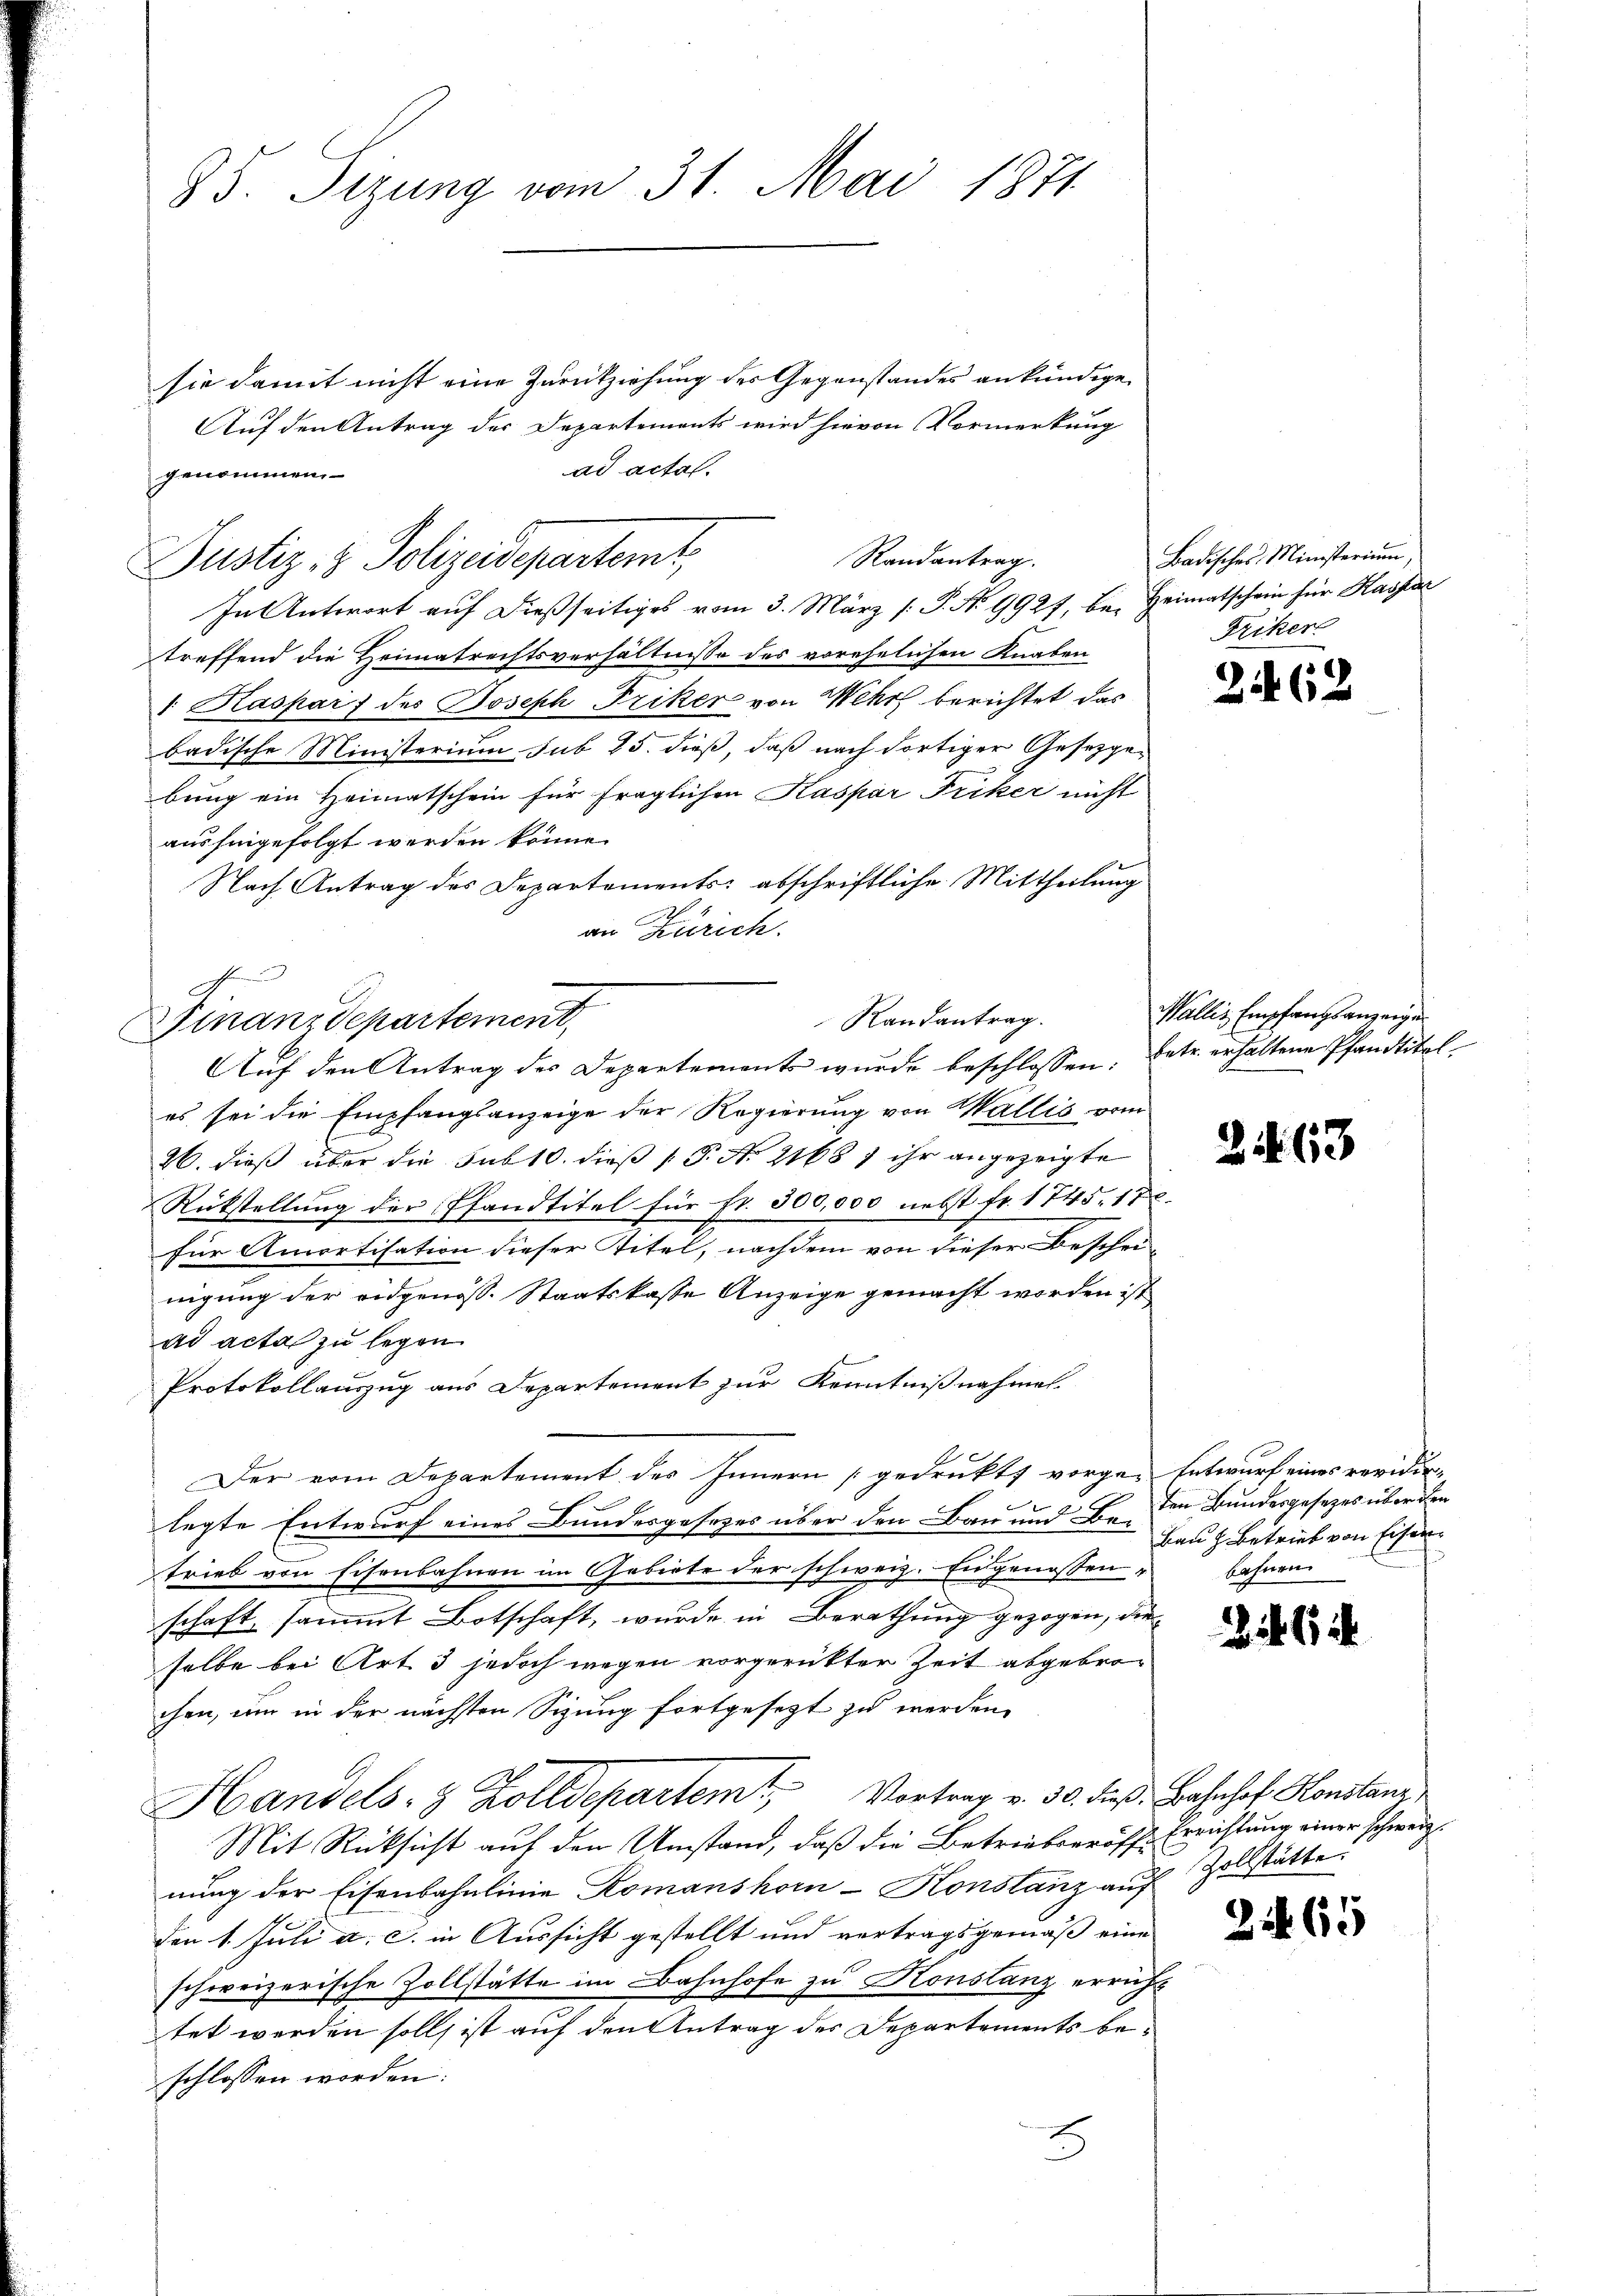
85. Sizung vom 31. Mai 1871

sie damit nicht eine Zurückziehung des Gegenstandes ankündige
Auf den Antrag der Departements wird hievon Vormerkung
In Antwort auf dießseitiges vom 3. März [ P. No 9927, bei Heimatschein für Kassar
treffend die Heimatrechtsverhältnisse des vorehelichen Knaben
/ Kaspar des Joseph Friker von Wehr berichtet das
badische Ministerium sub 25. dieß, daß nach dortiger Gesetzgebung ein Heimatschein für fraglichen Kaspar Friker nicht
aushingefolgt werden könne.
Nach Antrag des Departements abschriftliche Mittheilung
an Zürich.
es sei die Empfangsanzeige der Regierung von Wallis vom
26. dieß über die sub 10. dieß (T. N. 21687 ihr angezeigte
Rückstellŭng der Pfandtitel für fr. 300,000 nebst fr. 1745. 17.
für Amortisation dieser Titel, nachdem von dieser Beschei-
nigung der eidgenoss. Staatskaste Anzeige gemacht worden ist
ad acta zu legen
Protokollauszug aus Departement zur Kenntnißnahmen.
Der vom Departement des Innern [gedrukt vorgen Entwurf eines revidir¬
2
legte Entwurf eines Bundesgesezes über den Bau und Betrieb von Eisenbahnen im Gebiete der schweiz. Eingenossen-
schaft, sammt Botschaft, wurde in Berathung gezogen, die
selbe bei Art 3 jedoch wegen vorgerütter Zeit abgebrochen, um in der nächsten Sizung fortgesezt zu werden,
Handels- & Zolldepartem Vortrag v. 30. dieß: Bahnhof Konstanz
Mit Rücksicht auf den Umstand, daß die Betriebseröff-Errichtung einer schwerz
nung der Eisenbahnlinie Komanshorn - Konstanz auf Zollstätte
den 1. Juli a. c. in Aussicht gestellt und vertragsgemäß eine
schweizerische Zollstätte im Bahnhofe zu Konstanz erricht
tet werden soll ist auf den Antrag des Departements beschlossen worden:

ad actal.
genommen
Randantrag.
Justiz- & Polizeidepartemt,

Randantrag.
Finanzdepartement,
Auf den Antrag des Departements wurde beschlossen: Betr. erhaltene Pfandtitol¬

Badisches Ministerium,
Triker

2

62

Wallis Empfangsanzeigen

23

ten Bundesgesetzes über den
Bauz Betrieb von Eisen
bahnen.

244

2.

65